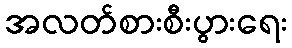
အလတ်စားစီးပွားရေး